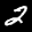
Label: 2